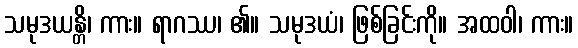
သမုဒယန္တိ၊ ကား။ ရာဂဿ၊ ၏။ သမုဒယံ၊ ဖြစ်ခြင်းကို။ အထဝါ၊ ကား။